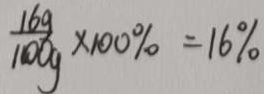
\frac { 1 6 g } { 1 0 0 g } \times 1 0 0 \% = 1 6 \%